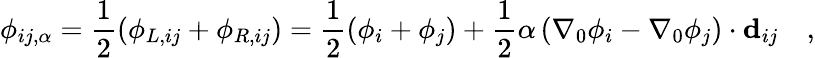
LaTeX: \phi_{ij,\alpha}=\frac{1}{2}\left(\phi_{L,ij}+\phi_{R,ij}\right)=\frac{1}{2}\left(\phi_{i}+\phi_{j}\right)+\frac{1}{2}\alpha\left(\nabla_{0}{\phi_{i}}-\nabla_{0}{\phi_{j}}\right)\cdot\mathbf{d}_{ij}\quad,